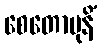
စေတောမုနိံ